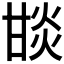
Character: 𤯇